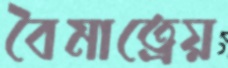
বৈমাত্রেয়